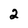
Character: 2